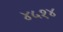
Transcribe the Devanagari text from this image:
४५१४